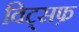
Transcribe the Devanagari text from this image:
विट्सफ़